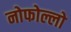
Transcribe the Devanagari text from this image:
नोफोल्लो